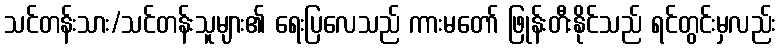
သင်တန်းသား/သင်တန်းသူများ၏ ရေးပြလေသည် ကားမတော် ဖြုန်းတီးနိုင်သည် ရင်တွင်းမှလည်း